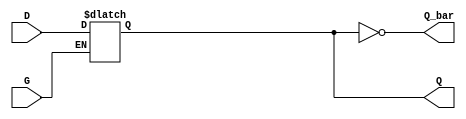
module gated_d_latch (
    input wire D,       // Data Input
    input wire G,       // Gate/Enable Input
    output reg Q,       // Output
    output wire Q_bar   // Complementary Output
);

// Complementary output is the inverse of Q
assign Q_bar = ~Q;

// Always block that defines the behavior of the latch
always @ (G or D) begin
    if (G) begin
        // When G is high, Q follows D
        Q <= D;
    end
    // When G is low, Q holds its state
end

endmodule